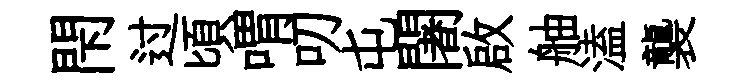
閇过頃喟叨屯闍啟舳溘襲